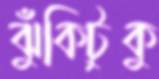
ঝুঁকিটুকু